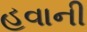
હવાની